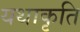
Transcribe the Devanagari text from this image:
यथाकृति